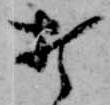
打